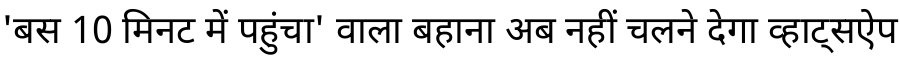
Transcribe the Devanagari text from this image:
'बस 10 मिनट में पहुंचा' वाला बहाना अब नहीं चलने देगा व्हाट्सऐप